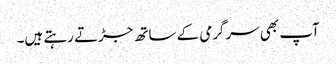
آپ بھی سرگرمی کے ساتھ جڑتے رہتے ہیں۔